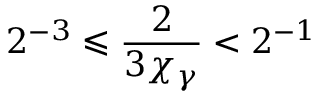
2 ^ { - 3 } \leqslant \frac { 2 } { 3 \chi _ { \gamma } } < 2 ^ { - 1 }